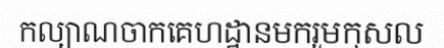
កល្យាណចាកគេហដ្ឋានមករួមកុសល